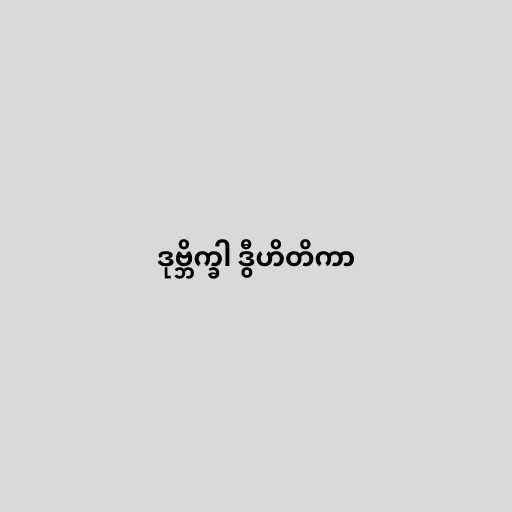
ဒုဗ္ဘိက္ခါ ဒွီဟိတိကာ